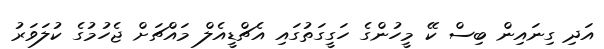
އަދި ގިނައިން ބިސް ކޭ މީހުންގެ ހަގީގަތުގައި އެޗްޑީއެލް މައްޗަށް ޖެހުމުގެ ކުލަވަރު